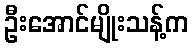
ဦးအောင်မျိုးသန့်က